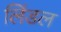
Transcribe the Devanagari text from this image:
लिंडल